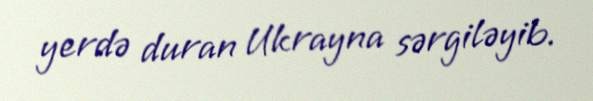
yerdə duran Ukrayna sərgiləyib.